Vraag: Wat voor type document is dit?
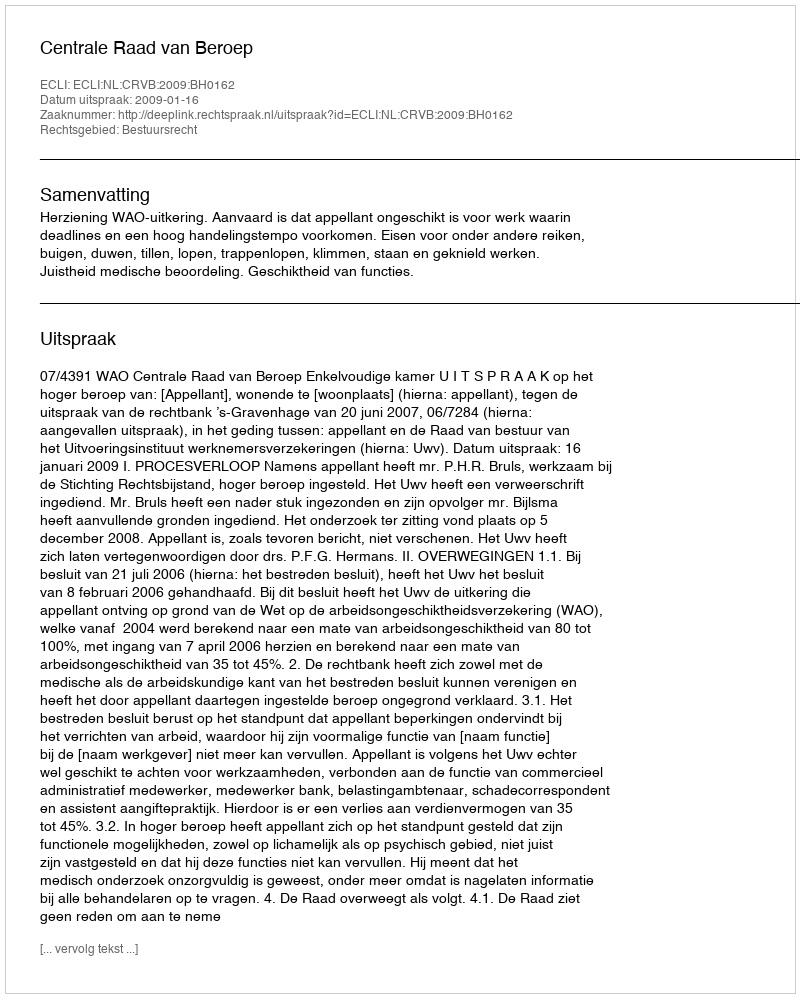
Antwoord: Uitspraak